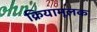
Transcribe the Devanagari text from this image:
क्रियामूलक